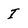
Character: I